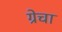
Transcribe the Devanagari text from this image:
ग्रेचा